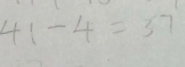
4 1 - 4 = 3 7